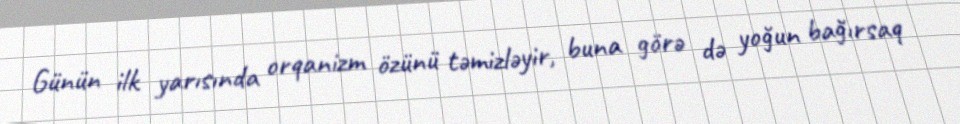
Günün ilk yarısında orqanizm özünü təmizləyir, buna görə də yoğun bağırsaq